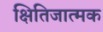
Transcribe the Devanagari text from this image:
क्षितिजात्मक